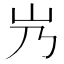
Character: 㞧